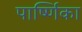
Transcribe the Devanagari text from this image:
पार्ष्णिका